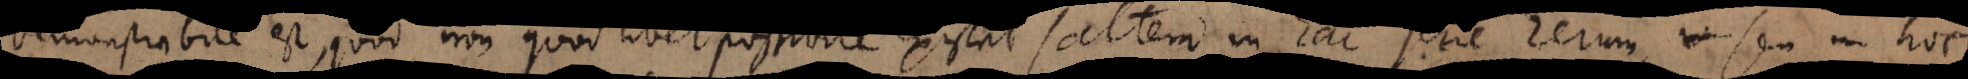
Demonstrabile est, quod non quodlibet possibile existat saltem in hac serie rerum, seu in hoc